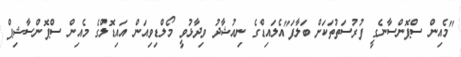
"މެއިން ސްޕޮންސާނެގީ ފުރުސަތުތަކަށް ބަލާފަ"އެލައިޑްގެ ނިއުޝާދު ވިދާޅުވީ މޯލްޑިވިއަން އައިޑޮލްގެ މެއިން ސްޕޮންސާޝިޕް